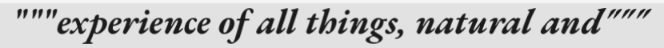
"""experience of all things, natural and"""